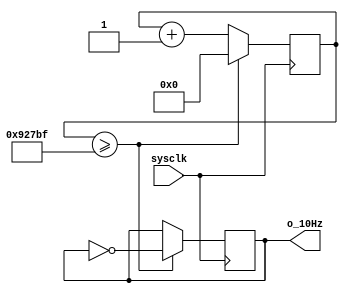
`timescale 1ns / 1ps

module prescalor_10Hz(
    input sysclk,
    output o_10Hz
    );

    reg [19:0] count=0;
    reg r_10Hz=0;

    always @(posedge sysclk)begin
        if(count >= 600000-1)begin
            count<=0;
            r_10Hz <= ~r_10Hz;
        end
        else begin
            count<= count+1;
        end
    end

    assign o_10Hz = r_10Hz;

endmodule